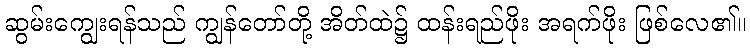
ဆွမ်းကျွေးရန်သည် ကျွန်တော်တို့ အိတ်ထဲ၌ ထန်းရည်ဖိုး အရက်ဖိုး ဖြစ်လေ၏။